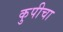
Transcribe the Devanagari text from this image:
कुपीचा